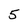
Character: 5